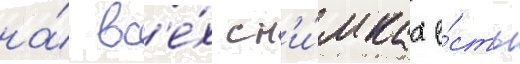
на́ вс'е́х сн'и́мках е́сть